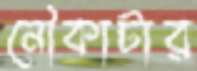
নৌকাটার